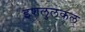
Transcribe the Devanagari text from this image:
इशलुलकल्